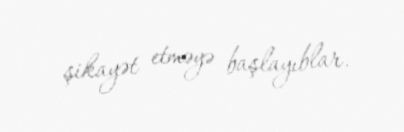
şikayət etməyə başlayıblar.